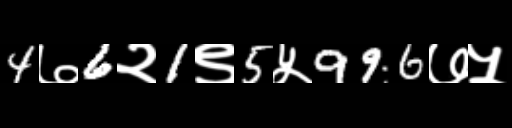
Text: 4७6२1९5५996७५